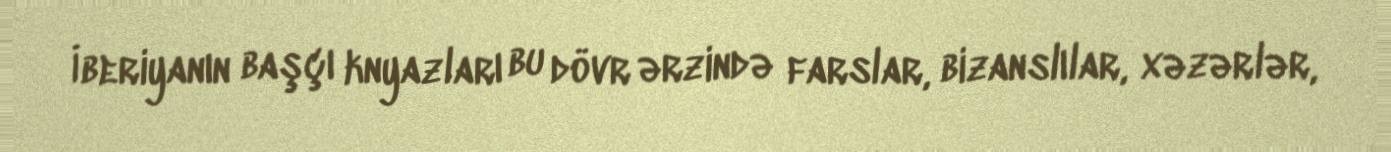
İberiyanın başçı knyazları bu dövr ərzində farslar, bizanslılar, xəzərlər,